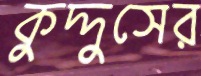
কুদ্দুসের